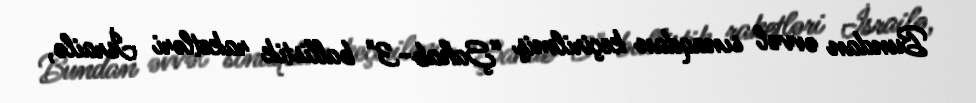
Bundan əvvəl sınaqdan keçirilmiş “Şahab-3" ballistik raketləri İsrailə,